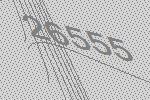
26555